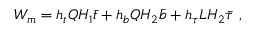
W _ { m } = h _ { t } Q H _ { 1 } \bar { t } + h _ { b } Q H _ { 2 } \bar { b } + h _ { \tau } L H _ { 2 } \bar { \tau } \ ,